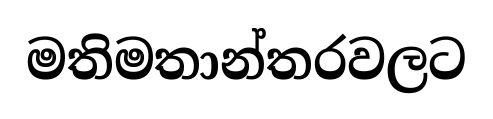
මතිමතාන්තරවලට